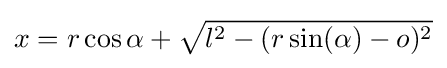
x=r\cos \alpha +{\sqrt {l^{2}-(r\sin(\alpha )-o)^{2}}}